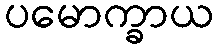
ပမောက္ခာယ